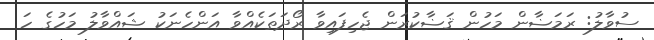
ސުވާލު: ރަމަޟާން މަހުން ޤަޟާކުރަން ޖެހިފައިވާ ރޯދަތަކެއްވާ އަންހެނަކު ޝައްވާލު މަހުގެ ހަ